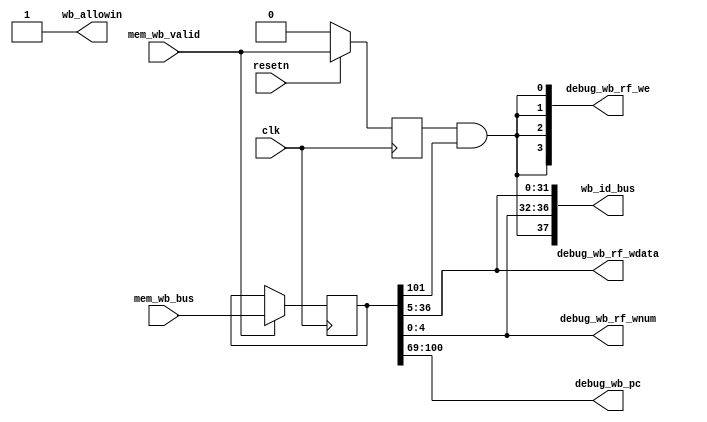
//
module WB (
    input           clk,
    input           resetn,
    //MEM
    output          wb_allowin,
    input           mem_wb_valid,
    input   [101:0] mem_wb_bus,
    //ID
    output  [ 37:0] wb_id_bus,
    //debug
    output  [ 31:0] debug_wb_pc,
    output  [  3:0] debug_wb_rf_we,
    output  [  4:0] debug_wb_rf_wnum,
    output  [ 31:0] debug_wb_rf_wdata
);
    //
    reg             wb_valid;
    reg     [101:0] mem_wb_bus_vld;
    wire            wb_ready_go;
    wire            wb_gr_we;
    wire            rf_we;
    wire    [ 31:0] wb_pc;
    wire    [ 31:0] wb_inst;
    wire    [ 31:0] wb_final_result;
    wire    [  4:0] rf_waddr;
    wire    [ 31:0] rf_wdata;
    wire    [  4:0] wb_dest;
    assign wb_ready_go = 1'b1;
    assign wb_allowin = wb_ready_go | ~wb_valid;
    always @(posedge clk ) begin
        if (~resetn) begin
            wb_valid <= 1'b0;
        end
        else if (wb_allowin) begin
            wb_valid <= mem_wb_valid;
        end
    end
    always @(posedge clk ) begin
        if (mem_wb_valid & wb_allowin) begin
            mem_wb_bus_vld <= mem_wb_bus;
        end
    end
    assign  {
        wb_gr_we, wb_pc, wb_inst, wb_final_result, wb_dest
    } = mem_wb_bus_vld;
    assign  rf_we = wb_valid & wb_gr_we;
    assign  rf_waddr = wb_dest; 
    assign  rf_wdata = wb_final_result;
    assign  wb_id_bus = {
        rf_we, rf_waddr, rf_wdata
    };
    assign  debug_wb_pc = wb_pc;
    assign  debug_wb_rf_we = {4{rf_we}};
    assign  debug_wb_rf_wnum = rf_waddr;
    assign  debug_wb_rf_wdata = wb_final_result;
endmodule